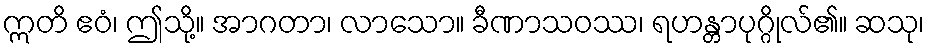
ဣတိ ဧဝံ၊ ဤသို့။ အာဂတာ၊ လာသော။ ခီဏာသဝဿ၊ ရဟန္တာပုဂ္ဂိုလ်၏။ ဆသု၊